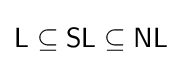
{\mathsf {L}}\subseteq {\mathsf {SL}}\subseteq {\mathsf {NL}}